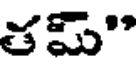
తమ్"